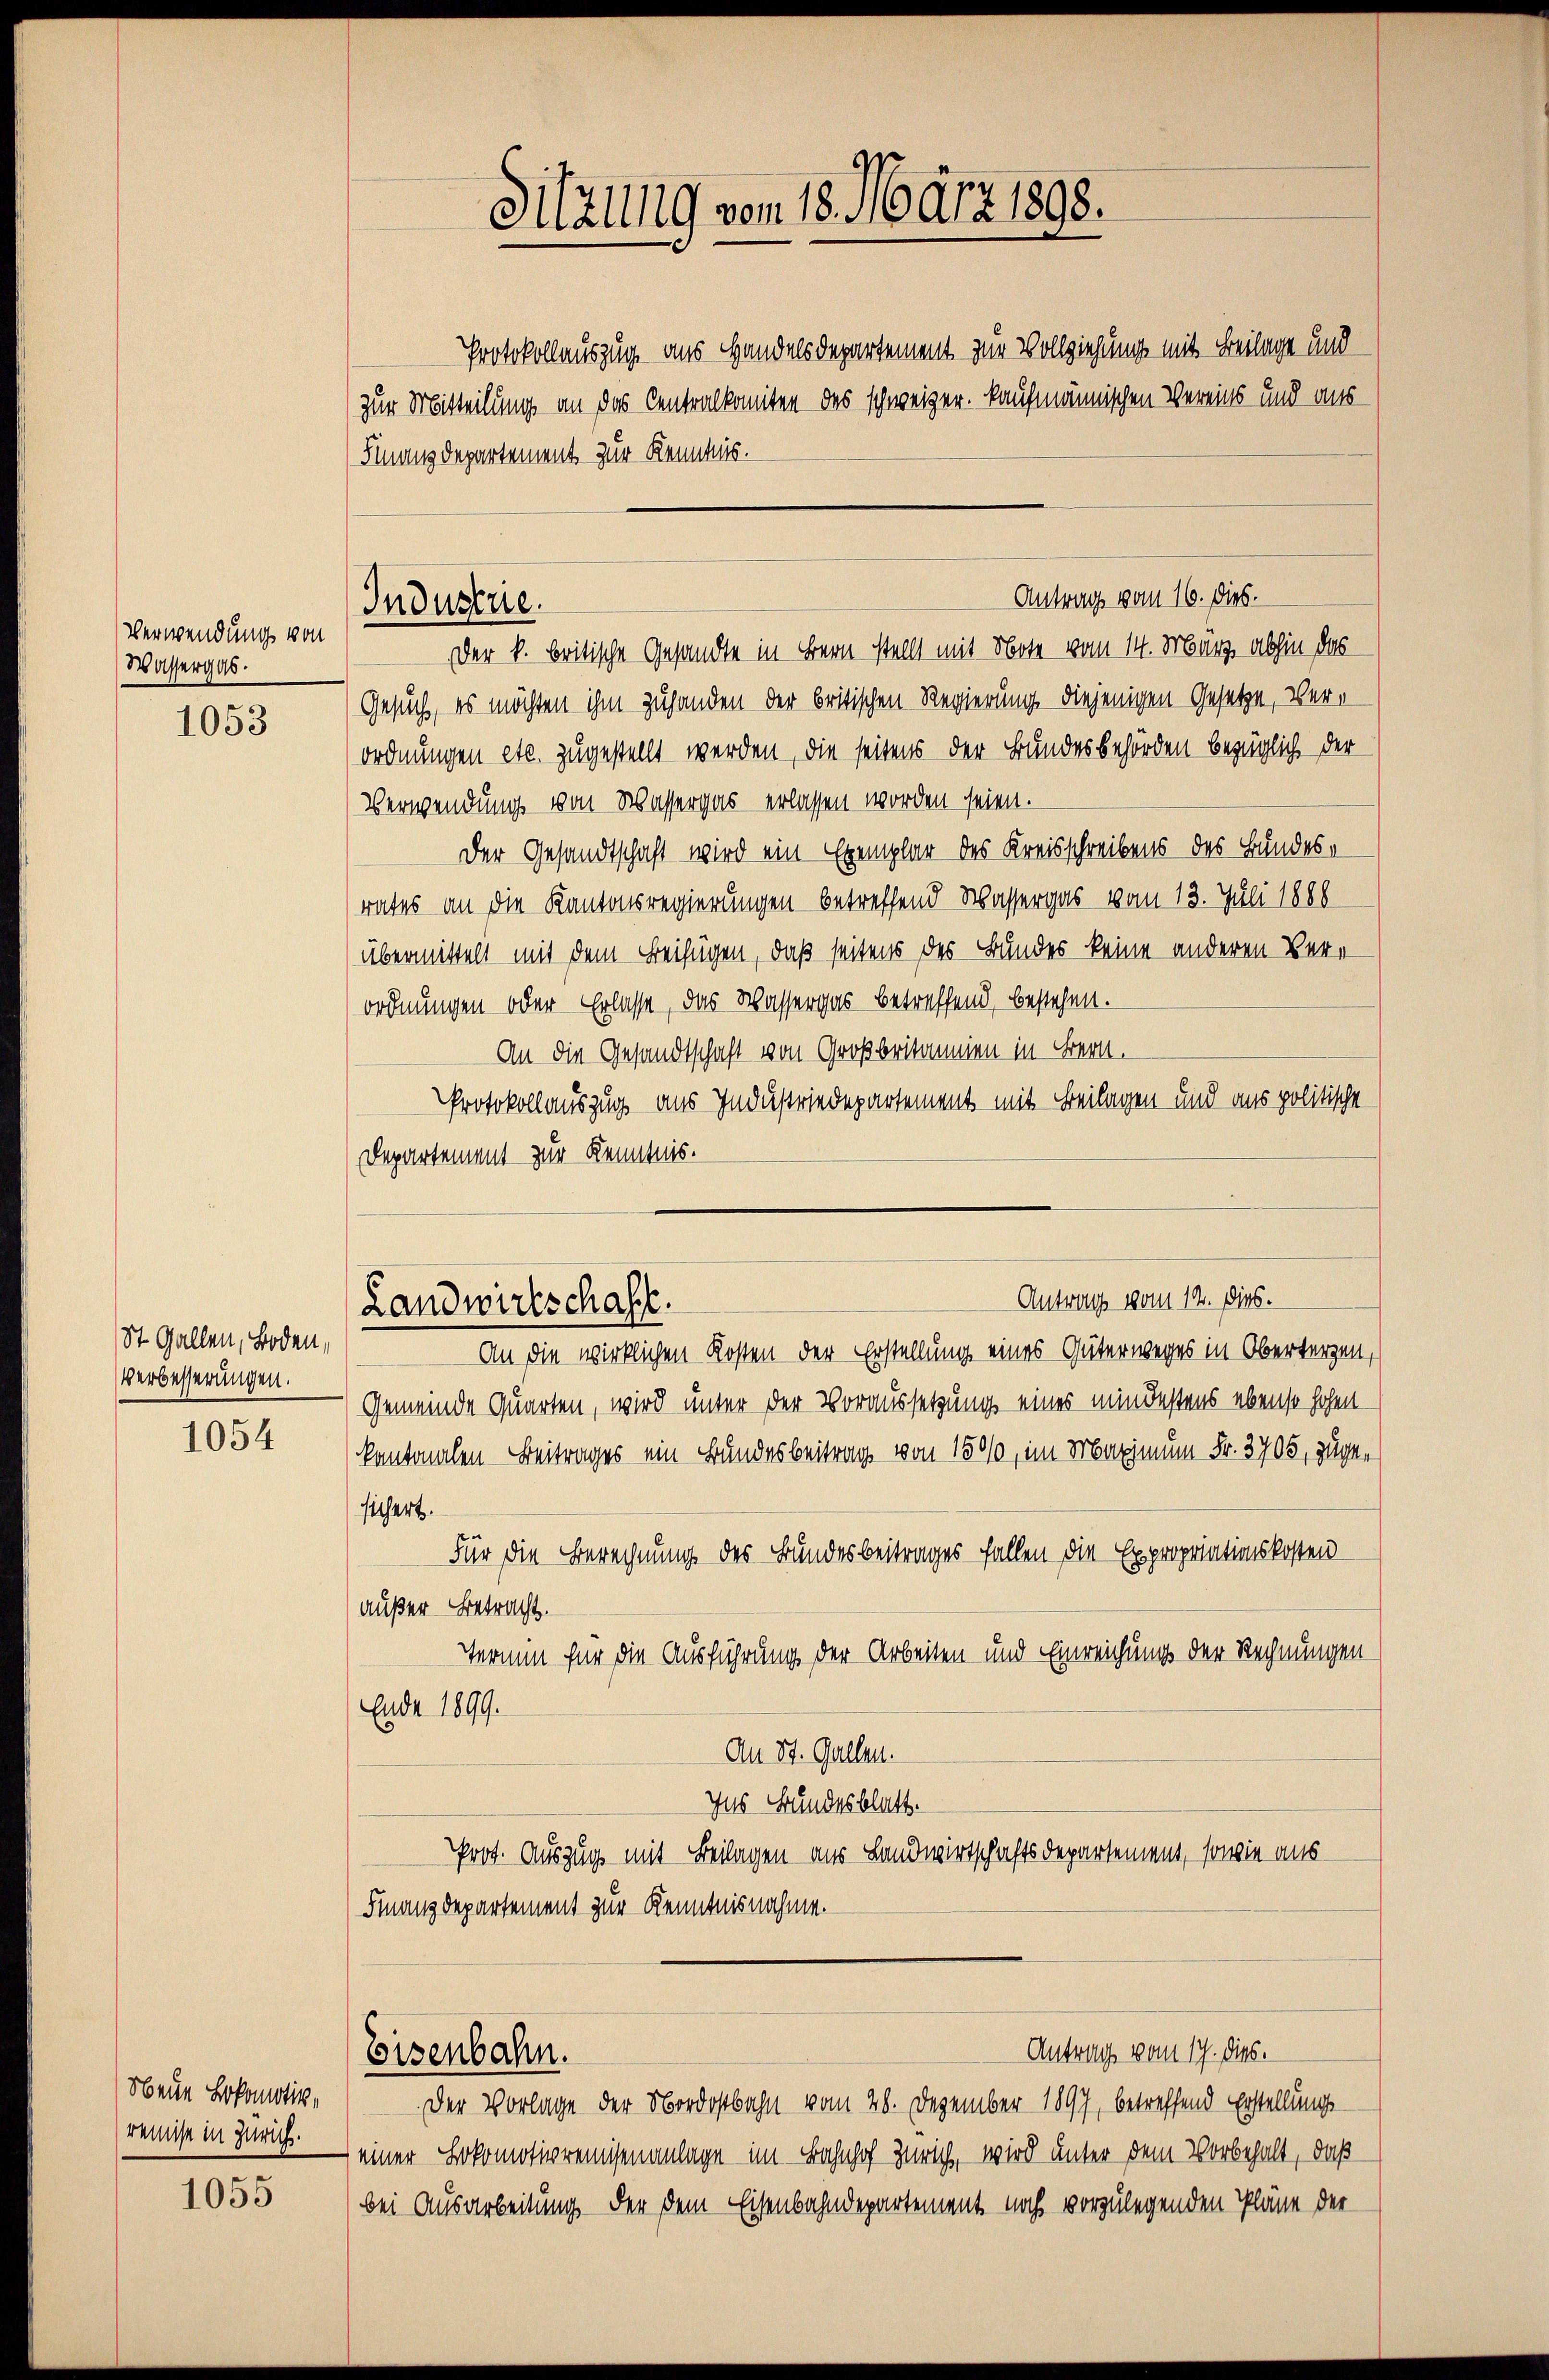
Verwendung von
Wassergab.

1053

St. Gallen, Boden,
Verbesserungen.

1054

obene Lokomotive
remise in Zürich.

1055

Industrie.

Sitzung vom 18. März 1898.

Protokollauszug aus Handelsdepartement zur Vollziehung mit Beilage und
zur Mitteilung an das Centralkomiten des schweizer. Kaufmännischen Vereins und aus
Finanzdepartement zur Kenntnis.
Der k. britische Gesandte in Bern stellt mit Note vom 14. März abhin das
Gesuch, es möchten ihm zuhanden der britischen Regierung diejenigen Gesetze, verordnungen etc. zugestellt werden, die seitens der Bundesbehörden bezüglich der
Verwendung von Wassergas erlassen worden seien.
Der Gesandtschaft wird ein Exemplar des Kreisschreibens des Bundesrates an die Kantonsregierungen betreffend Wassergas vom 13. Juli 1888
(übermittelt mit dem Beifügen, daß seitens des Bundes keine anderen Bere
ordnungen oder Erlasse, das Wassergas betreffend, bestehen.
An die Gesandtschaft von Großbritannien in Bern.
Protokollauszug aus Industriedepartement mit Beilagen und aus politische
Departement zur Kenntnis.

Antrag vom 14. Dies.
Landwirtschaft.

Eisenbahn.

Antrag vom 16. dies.

Antrag vom 17. dies.

An die wirklichen Kosten der Erstellung eines Güterweges in Oberbergen,
Gemeinde Quarten, wird unter der Voraussetzung eines mindestens ebenso hohen
kantonalen Beitrages ein Bundesbeitrag von 1500, im Maximum Fr. 3705, zugesichert.
Für die Berechnung des Bundesbeitrages fallen die Expropriationskosten
außer Betracht.
Termin für die Ausführung der Arbeiten und Einreichung der Rechnungen
Ende 1899.
An St. Gallen.
Ins Bundesblatt.
Prot. Auszug mit Beilagen aus Landwirtschaftsdepartement, sowie aus¬
Finanzdepartement zur Kenntnisnahme.

Der Vorlage der Nordostbahn vom 28. Dezember 1897, betreffend Erstellungs-
einer Lokomotivremisenanlage im Bahnhof Zürich, wird unter dem Vorbehalt, daß
bei Ausarbeitung der dem Eisenbahndepartement noch vorzulegenden Pläne der